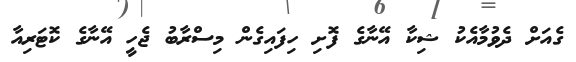
ގެއަށް ދެވުމާއެކު ޝިކާ އޭނާގެ ފޮށި ހިފައިގެން މިސްރާބު ޖެހީ އޭނާގެ ކޮޓަރިއާ